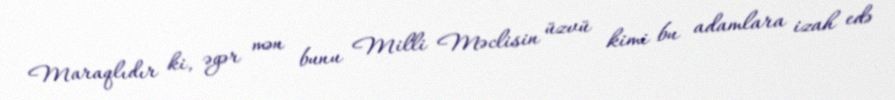
Maraqlıdır ki, əgər mən bunu Milli Məclisin üzvü kimi bu adamlara izah edə